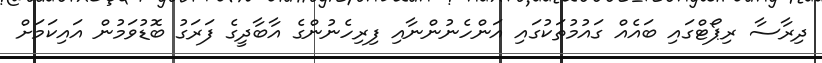
ދިރާސާ ރިޕޯޓްގައި ބައެއް ގައުމުތަކުގައި އަންހެނުންނާއި ފިރިހެނުންގެ އާބާދީގެ ފަރަގު ބޮޑުވަމުން އައިކަމަށް